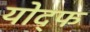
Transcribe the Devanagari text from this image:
योद्फ